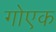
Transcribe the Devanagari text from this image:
गोएक